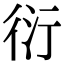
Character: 衍